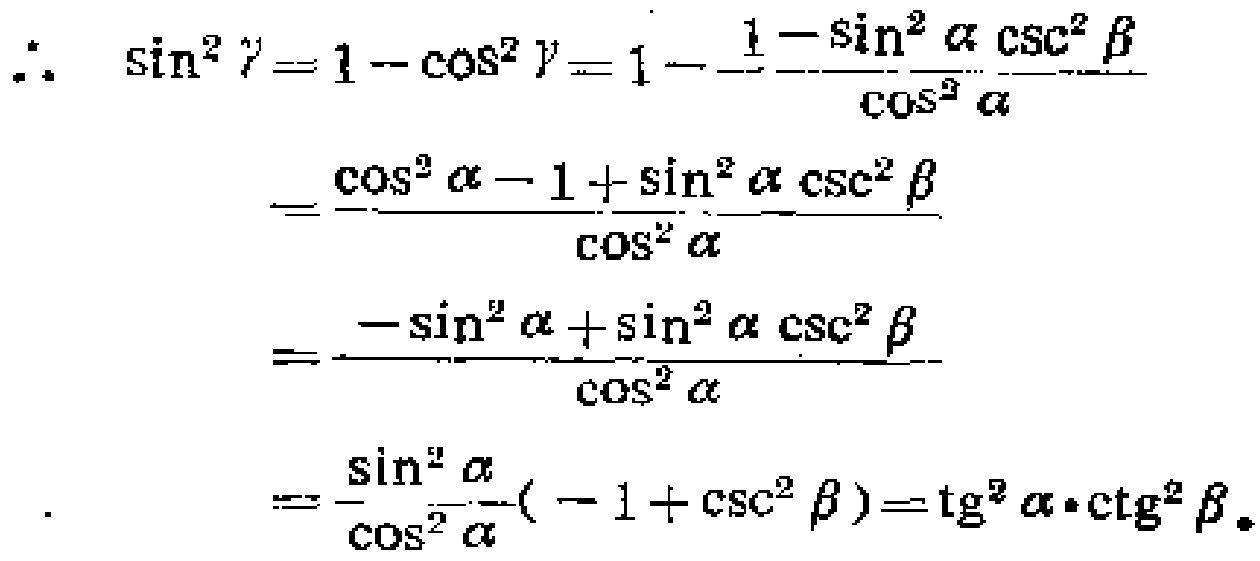
\begin{align*}
\therefore \sin^{2}\gamma&=1 - \cos^{2}\gamma=1-\frac{1 - \sin^{2}\alpha\csc^{2}\beta}{\cos^{2}\alpha}\\
&=\frac{\cos^{2}\alpha - 1+\sin^{2}\alpha\csc^{2}\beta}{\cos^{2}\alpha}\\
&=\frac{-\sin^{2}\alpha+\sin^{2}\alpha\csc^{2}\beta}{\cos^{2}\alpha}\\
&=\frac{\sin^{2}\alpha}{\cos^{2}\alpha}(-1 + \csc^{2}\beta)=\mathrm{tg}^{2}\alpha\cdot\mathrm{ctg}^{2}\beta.
\end{align*}